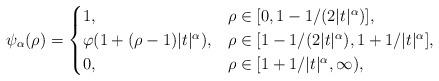
LaTeX: \begin{align*}\psi_{\alpha}(\rho)&=\begin{cases} 1, & \rho\in[0,1-1/(2|t|^{\alpha})],\\ \varphi(1+(\rho-1)|t|^\alpha), & \rho\in[1-1/(2|t|^{\alpha}),1+1/|t|^\alpha],\\ 0, & \rho\in[1+1/|t|^\alpha,\infty), \end{cases}\end{align*}